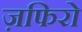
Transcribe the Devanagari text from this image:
ज़फिरो